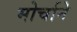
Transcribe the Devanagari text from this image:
मोर्चाने